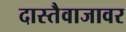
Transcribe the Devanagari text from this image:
दास्तैवाजावर